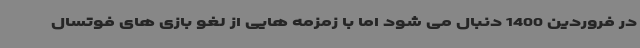
در فروردین 1400 دنبال می شود اما با زمزمه هایی از لغو بازی های فوتسال